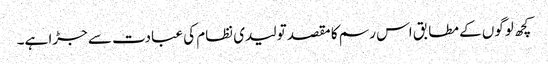
کچھ لوگوں کے مطابق اس رسم کا مقصد تولیدی نظام کی عبادت سے جڑا ہے۔